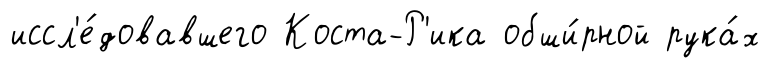
иссл'е́довавшего Коста-Р'ика обши́рной рука́х